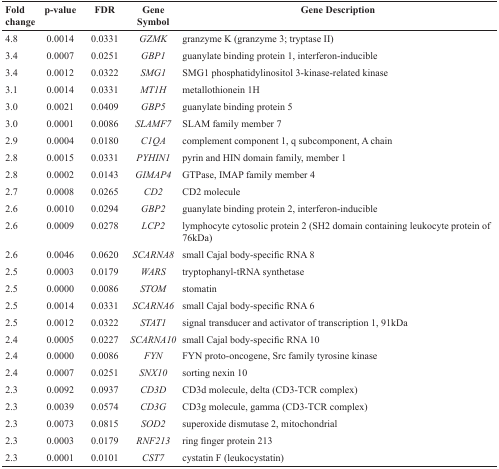
<table><thead><tr><td><b>Fold change</b></td><td><b>p-value</b></td><td><b>FDR</b></td><td><b>Gene Symbol</b></td><td><b>Gene Description</b></td></tr></thead><tbody><tr><td>4.8</td><td>0.0014</td><td>0.0331</td><td><i>GZMK</i></td><td>granzyme K (granzyme 3; tryptase II)</td></tr><tr><td>3.4</td><td>0.0007</td><td>0.0251</td><td><i>GBP1</i></td><td>guanylate binding protein 1, interferon-inducible</td></tr><tr><td>3.4</td><td>0.0012</td><td>0.0322</td><td><i>SMG1</i></td><td>SMG1 phosphatidylinositol 3-kinase-related kinase</td></tr><tr><td>3.1</td><td>0.0014</td><td>0.0331</td><td><i>MT1H</i></td><td>metallothionein 1H</td></tr><tr><td>3.0</td><td>0.0021</td><td>0.0409</td><td><i>GBP5</i></td><td>guanylate binding protein 5</td></tr><tr><td>3.0</td><td>0.0001</td><td>0.0086</td><td><i>SLAMF7</i></td><td>SLAM family member 7</td></tr><tr><td>2.9</td><td>0.0004</td><td>0.0180</td><td><i>C1QA</i></td><td>complement component 1, q subcomponent, A chain</td></tr><tr><td>2.8</td><td>0.0015</td><td>0.0331</td><td><i>PYHIN1</i></td><td>pyrin and HIN domain family, member 1</td></tr><tr><td>2.8</td><td>0.0002</td><td>0.0143</td><td><i>GIMAP4</i></td><td>GTPase, IMAP family member 4</td></tr><tr><td>2.7</td><td>0.0008</td><td>0.0265</td><td><i>CD2</i></td><td>CD2 molecule</td></tr><tr><td>2.6</td><td>0.0010</td><td>0.0294</td><td><i>GBP2</i></td><td>guanylate binding protein 2, interferon-inducible</td></tr><tr><td>2.6</td><td>0.0009</td><td>0.0278</td><td><i>LCP2</i></td><td>lymphocyte cytosolic protein 2 (SH2 domain containing leukocyte protein of 76kDa)</td></tr><tr><td>2.6</td><td>0.0046</td><td>0.0620</td><td><i>SCARNA8</i></td><td>small Cajal body-specific RNA 8</td></tr><tr><td>2.5</td><td>0.0003</td><td>0.0179</td><td><i>WARS</i></td><td>tryptophanyl-tRNA synthetase</td></tr><tr><td>2.5</td><td>0.0000</td><td>0.0086</td><td><i>STOM</i></td><td>stomatin</td></tr><tr><td>2.5</td><td>0.0014</td><td>0.0331</td><td><i>SCARNA6</i></td><td>small Cajal body-specific RNA 6</td></tr><tr><td>2.5</td><td>0.0012</td><td>0.0322</td><td><i>STAT1</i></td><td>signal transducer and activator of transcription 1, 91kDa</td></tr><tr><td>2.4</td><td>0.0005</td><td>0.0227</td><td><i>SCARNA10</i></td><td>small Cajal body-specific RNA 10</td></tr><tr><td>2.4</td><td>0.0000</td><td>0.0086</td><td><i>FYN</i></td><td>FYN proto-oncogene, Src family tyrosine kinase</td></tr><tr><td>2.4</td><td>0.0007</td><td>0.0251</td><td><i>SNX10</i></td><td>sorting nexin 10</td></tr><tr><td>2.3</td><td>0.0092</td><td>0.0937</td><td><i>CD3D</i></td><td>CD3d molecule, delta (CD3-TCR complex)</td></tr><tr><td>2.3</td><td>0.0039</td><td>0.0574</td><td><i>CD3G</i></td><td>CD3g molecule, gamma (CD3-TCR complex)</td></tr><tr><td>2.3</td><td>0.0073</td><td>0.0815</td><td><i>SOD2</i></td><td>superoxide dismutase 2, mitochondrial</td></tr><tr><td>2.3</td><td>0.0003</td><td>0.0179</td><td><i>RNF213</i></td><td>ring finger protein 213</td></tr><tr><td>2.3</td><td>0.0001</td><td>0.0101</td><td><i>CST7</i></td><td>cystatin F (leukocystatin)</td></tr></tbody></table>